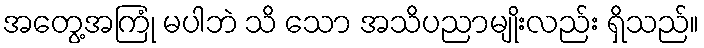
အတွေ့အကြုံ မပါဘဲ သိ သော အသိပညာမျိုးလည်း ရှိသည်။